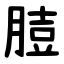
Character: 䐍